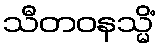
သီတဝနသ္မိံ